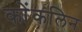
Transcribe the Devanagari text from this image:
कोंकलिन